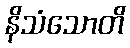
နိသံသောတိ